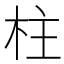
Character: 柱